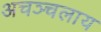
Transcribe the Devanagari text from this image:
अचञ्चलाय